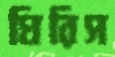
ঘিরিস